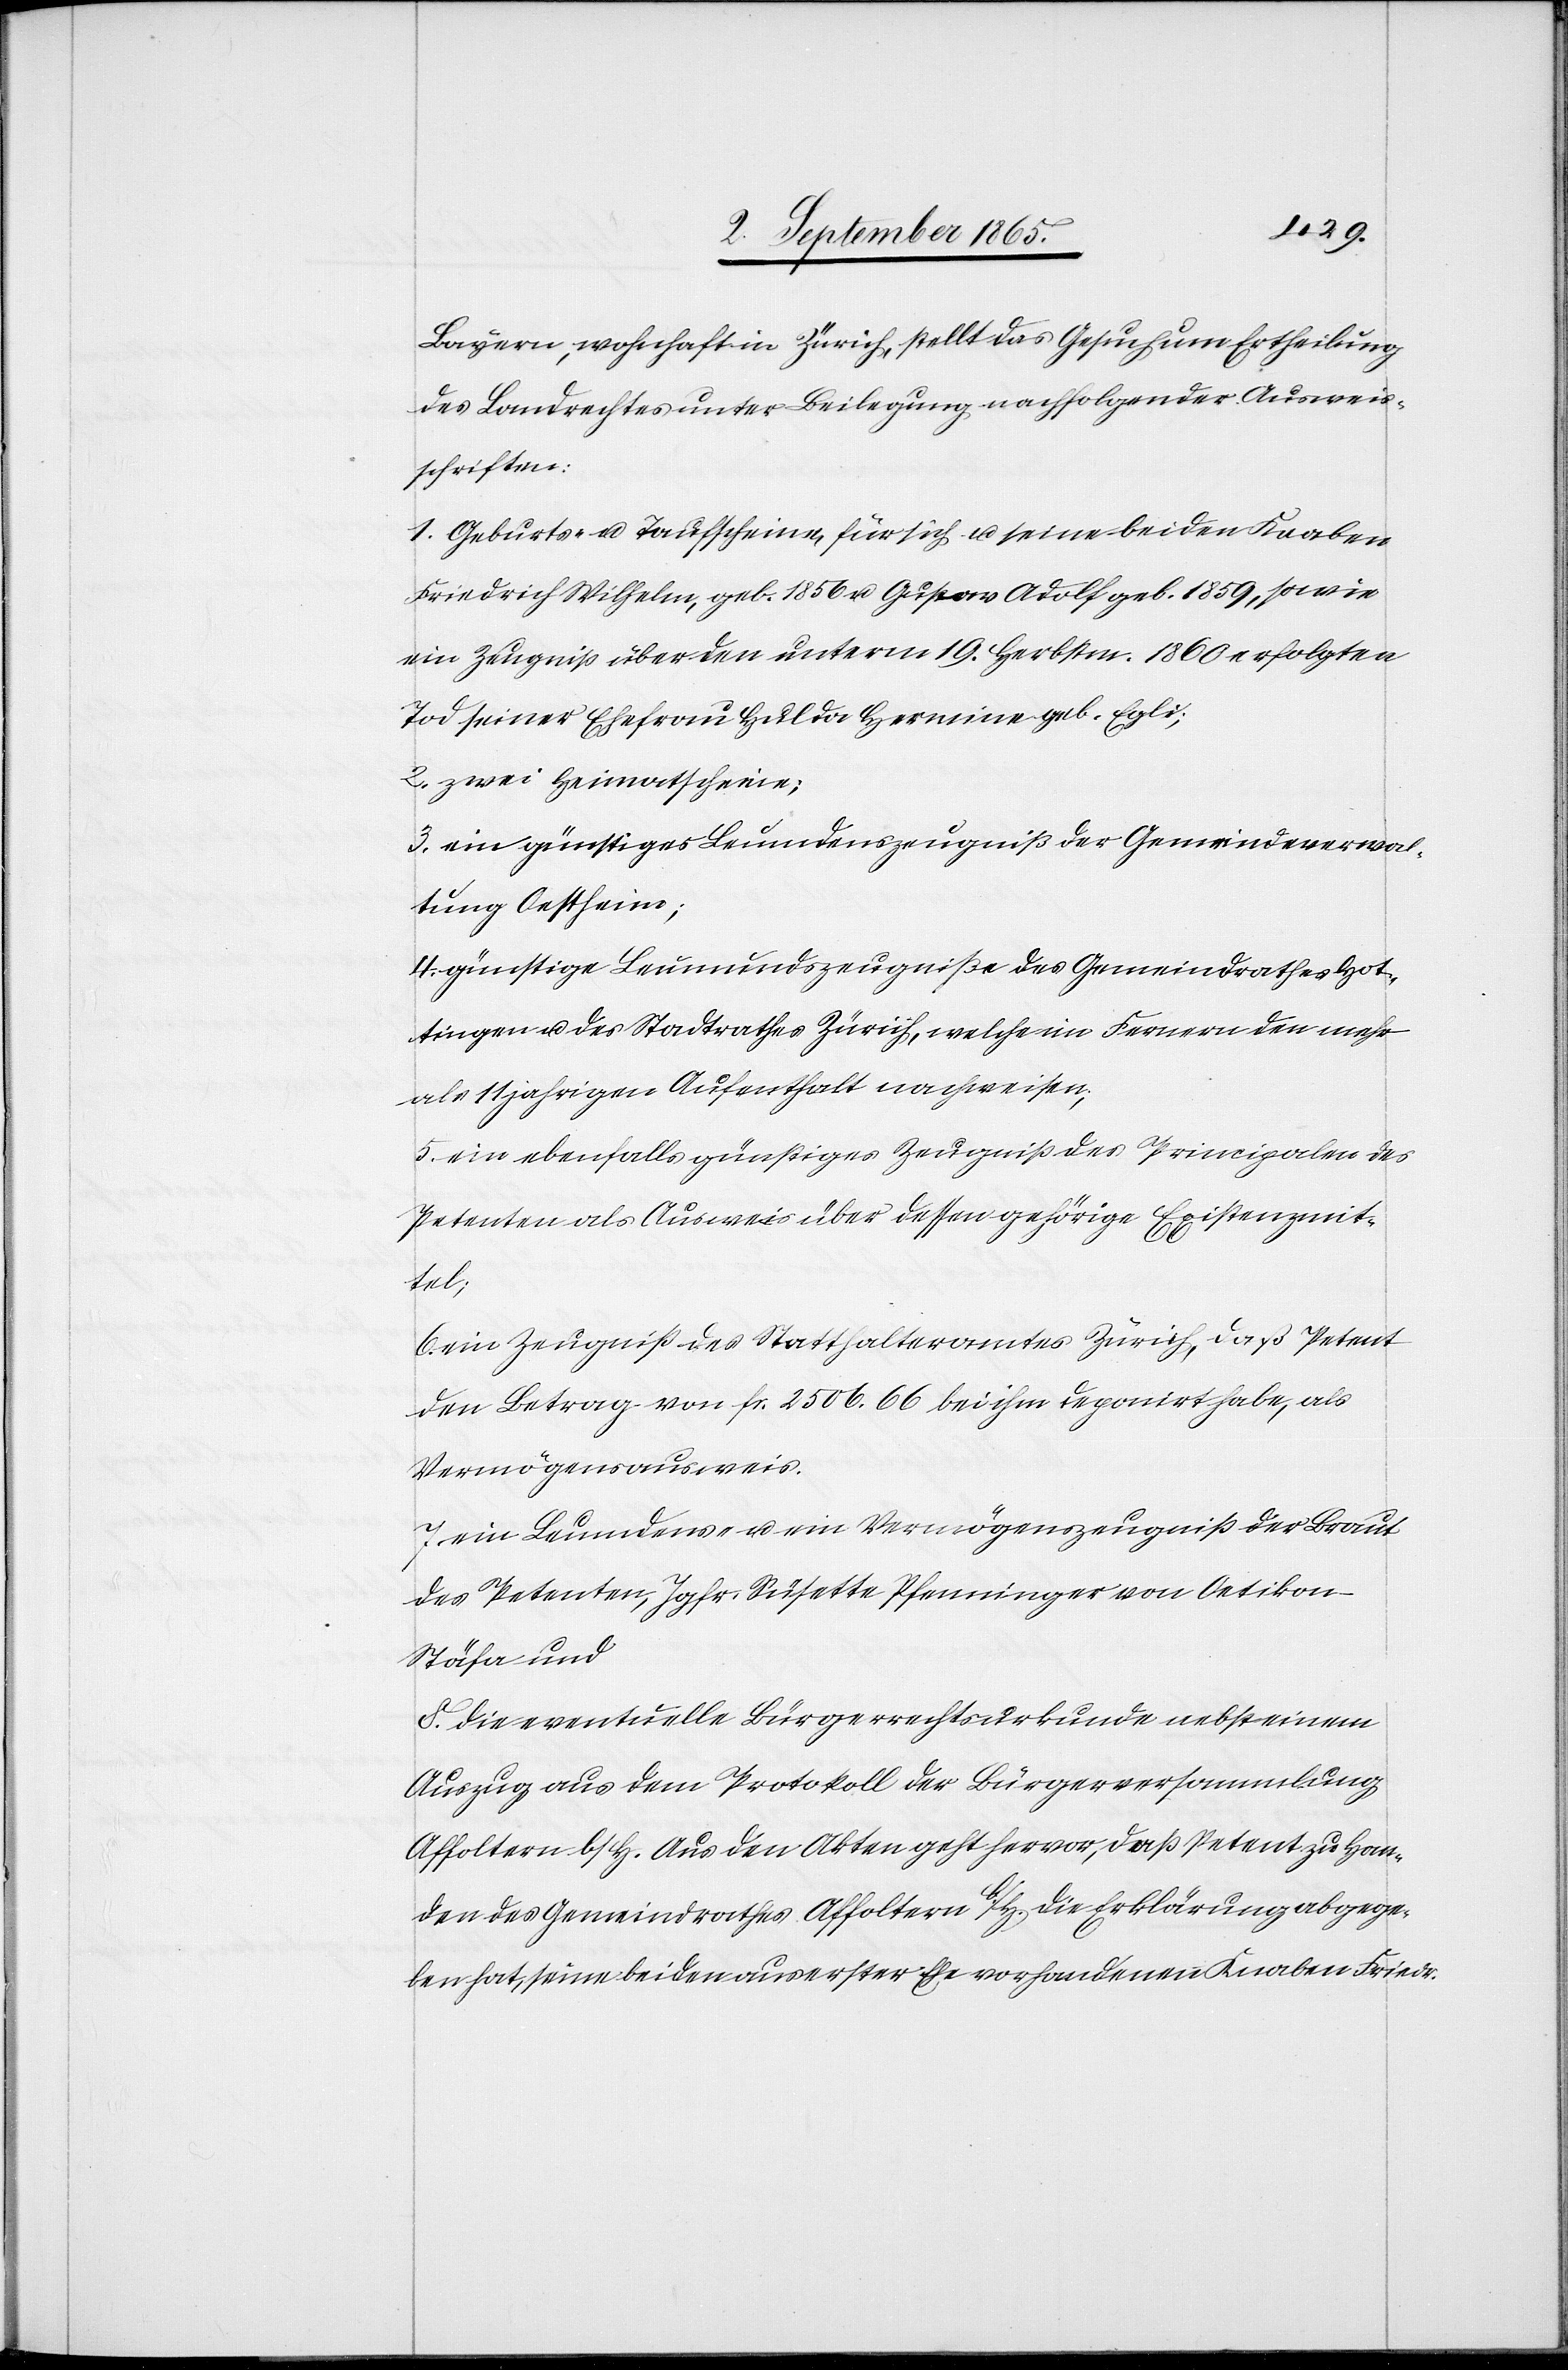
Baxern, wohnhaft in Zürich, stellt das Gesuch um Ertheilung
des Landrechts unter Beilegung nachfolgender Ausweis¬
schriften:
1. Geburts- u. Taufscheine, für sich u. seine beiden Knaben
Friedrich WIlhelm, geb. 1856 u. Gustav Adolf geb. 1859, sowie
ein Zeugniß über den unterm 19. Herbstm. 1860 erfolgten
Tod seiner Ehefrau Hulda Hermine geb. Egli;
2. zwei Heimatscheine;
3. ein günstiges Leumdenszeugniß der Gemeindeverwal¬
tung Oestheim;
4. günstige Leumundszeugniße des Gemeindrathes Hot¬
tingen u. des Stadtrathes Zürich. welche im Fernern den mehr
als 11 jahrigen Aufenthalt nachweisen;
5. ein ebenfalls günstiges Zeugniß des Principalen des
Petenten als Ausweis über dessen gehörige Existenzmit¬
tel;
ein Zeugniß des Statthalteramtes Zürich, daß Petent
den Betrag von fr. 2506. 66 bei ihm deponirt habe, als
Vermögensausweis.
ein Leumdens- u. ein Vermögenszeugniß der Braut
des Petenten, Jgfr. Susette Pfenninger von Oetikon-S¬
täfa und
8. die eventuelle Bürgerrechtsurkunde nebst einem
Auszug aus dem Protokoll der Bürgerversammlung
Affoltern b/H. Aus den Akten geht hervor, daß Petent zu Han¬
den des Gemeindrathes Affoltern b/H. die Erklärung abgege¬
ben hat, seine beiden aus erster Ehe vorhandenen Knaben Friedr.